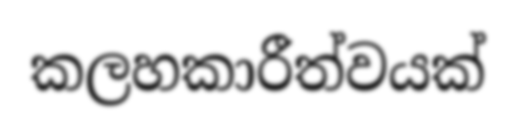
කලහකාරීත්වයක්